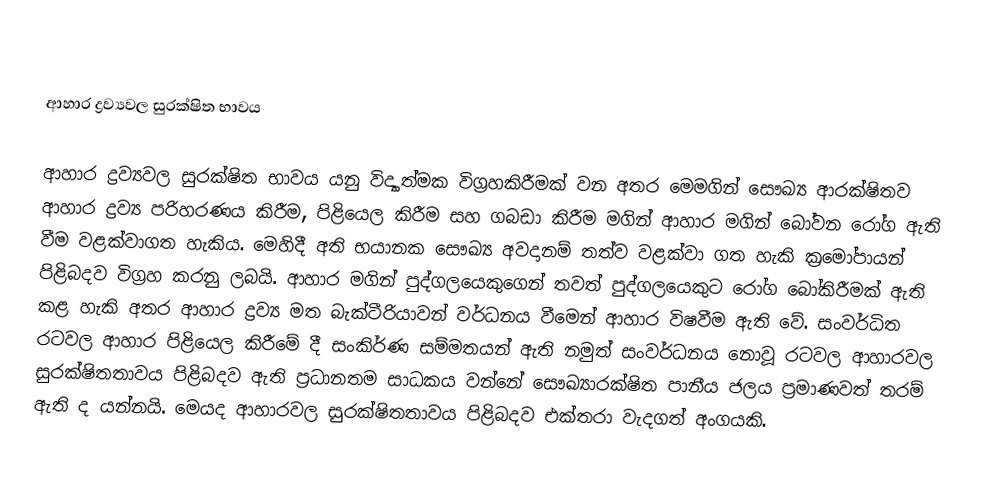

ආහාර ද්‍රව්‍යවල සුරක්ෂිත භාවය

ආහාර ද්‍රව්‍යවල සුරක්ෂිත භාවය යනු විද්‍යාත්මක විග්‍රහකිරීමක් වන අතර මෙමගින් සෞඛ්‍ය ආරක්ෂිතව ආහාර ද්‍රව්‍ය පරිහරණය කිරීම, පිළියෙල කිරීම සහ ගබඩා කිරීම මගින් ආහාර මගින් බෝවන රෝග ඇති වීම වළක්වාගත හැකිය. මෙහිදී අති භයානක සෞඛ්‍ය අවදානම් තත්ව  වළක්වා ගත හැකි ක්‍රමෝපායන් පිළිබදව විග්‍රහ කරනු ලබයි.  ආහාර මගින් පුද්ගලයෙකුගෙන් තවත් පුද්ගලයෙකුට රෝග බෝකිරීමක් ඇති කළ හැකි අතර ආහාර ද්‍රව්‍ය මත බැක්ටීරියාවන් වර්ධනය වීමෙන් ආහාර විෂවීම ඇති වේ. සංවර්ධිත රටවල  ආහාර පිළියෙල කිරීමේ දී සංකිර්ණ සම්මතයන් ඇති නමුත් සංවර්ධනය නොවූ රටවල ආහාරවල සුරක්ෂිතතාවය පිළිබදව ඇති ප්‍රධානතම සාධකය වන්නේ සෞඛ්‍යාරක්ෂිත පානීය ජලය ප්‍රමාණවත් තරම් ඇති ද යන්නයි. මෙයද ආහාරවල සුරක්ෂිතතාවය පිළිබදව එක්තරා වැදගත් අංගයකි.